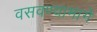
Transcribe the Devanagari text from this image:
वसवण्यामागे